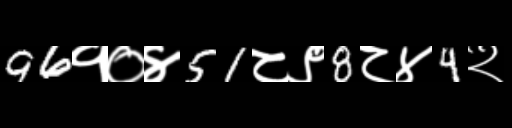
Text: 96१०४51८९8८४4२